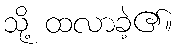
သို့ ထလာခဲ့၏။